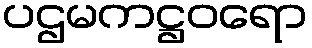
ပဌမကဋ္ဌဝရော